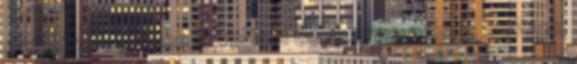
érnék rá. Teljesen le voltam döbbenve, nem is tudtam,